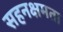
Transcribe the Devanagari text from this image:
सहनक्षमता